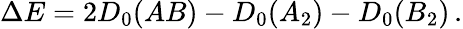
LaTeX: \Delta E=2D_{0}(AB)-D_{0}(A_{2})-D_{0}(B_{2})\, .